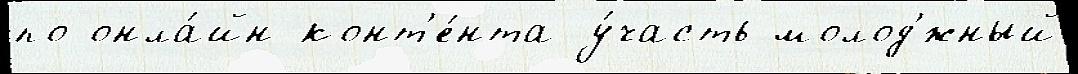
по онла́йн-конт'е́нта у́часть молод'́жный